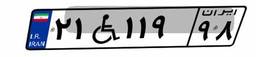
۲۱W۱۱۹۹۸